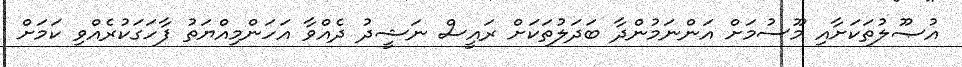
އުޞޫލުތަކަށާއި މޫސުމަށް އަންނަމުންދާ ބަދަލުތަކަށް ރައީސް ނަޝީދު ދެއްވާ އަހަންމިއްޔަތު ފާހަގަކުރެއްވި ކަމަށް